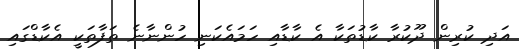
އަދި ކުރިން ދޫކުރާ ކާޑުތަކާ އެ ކާޑާއި ހަމައެކަނި ހުންނާނެ ތަފާތަކީ އެކާޑްގައި